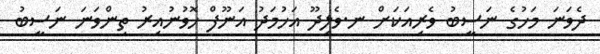
ދެވަނަ މަހުގެ ނަސީބު ވެރިއަކަށް ނ.ވެލިދޫ އަހުމަދު އަނޫފް ހޮވުނުއިރު ތިންވަނަ ނަސީބު